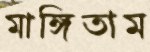
মাঙ্গিতাম